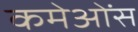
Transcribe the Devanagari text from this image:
कमेओंस